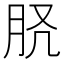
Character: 𦙉